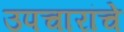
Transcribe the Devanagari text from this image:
उपचारांचे